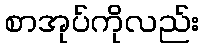
စာအုပ်ကိုလည်း